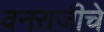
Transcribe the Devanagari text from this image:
वनराजीचे